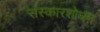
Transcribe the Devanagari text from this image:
संस्कारशोधन